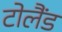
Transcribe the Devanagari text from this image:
टोलैंड